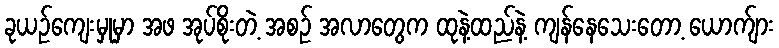
ခုယဉ်ကျေးမှုမှာ အဖ အုပ်စိုးတဲ့ အစဉ် အလာတွေက ထုနဲ့ထည်နဲ့ ကျန်နေသေးတော့ ယောက်ျား